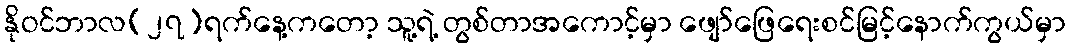
နိုဝင်ဘာလ(၂၇)ရက်နေ့ကတော့ သူ့ရဲ့ တွစ်တာအကောင့်မှာ ဖျော်ဖြေရေးစင်မြင့်နောက်ကွယ်မှာ